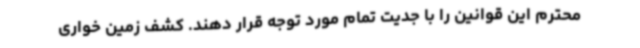
محترم این قوانین را با جدیت تمام مورد توجه قرار دهند. کشف زمین خواری